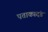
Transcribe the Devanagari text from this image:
पताकादंड